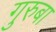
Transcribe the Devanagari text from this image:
गुरुबा